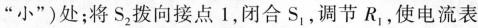
”小”)处；将S_{2}拨向接点1，闭合S_{1}，调节R_{1}，使电流表